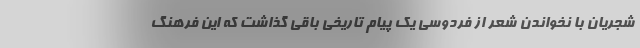
شجریان با نخواندن شعر از فردوسی یک پیام تاریخی باقی گذاشت که این فرهنگ